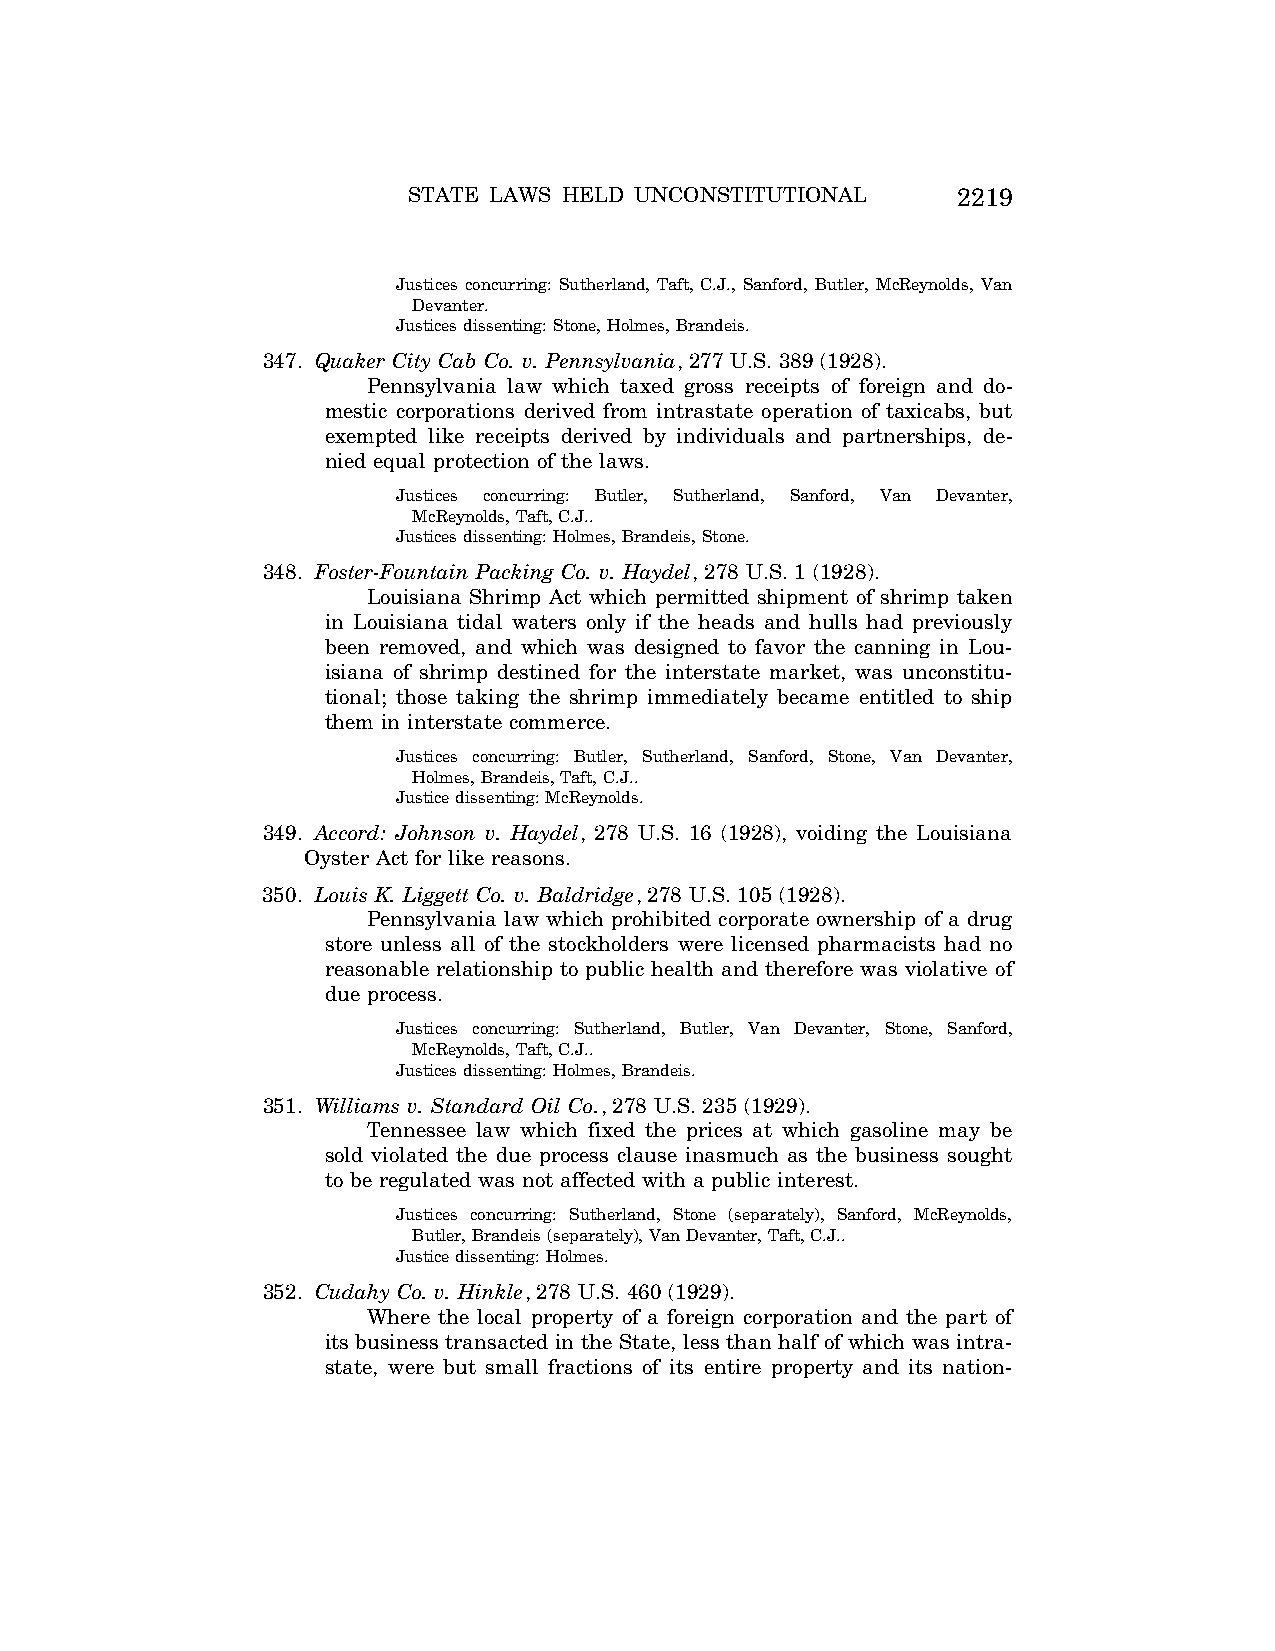
STATE LAWS HELD UNCONSTITUTIONAL    2219
 Justices concurring: Sutherland, Taft, C.J., Sanford, Butler, McReynolds, Van
 Devanter.
 Justices dissenting: Stone, Holmes, Brandeis.
 347. Quaker City Cab Co. v. Pennsylvania, 277 U.S. 389 (1928).
 Pennsylvania law which taxed gross receipts of foreign and do-
 mestic corporations derived from intrastate operation of taxicabs, but
 exempted like receipts derived by individuals and partnerships, de-
 nied equal protection of the laws.
 Justices concurring: Butler, Sutherland, Sanford, Van Devanter,
 McReynolds, Taft, C.J..
 Justices dissenting: Holmes, Brandeis, Stone.
 348. Foster-Fountain Packing Co. v. Haydel, 278 U.S. 1 (1928).
 Louisiana Shrimp Act which permitted shipment of shrimp taken
 in Louisiana tidal waters only if the heads and hulls had previously
 been removed, and which was designed to favor the canning in Lou-
 isiana of shrimp destined for the interstate market, was unconstitu-
 tional; those taking the shrimp immediately became entitled to ship
 them in interstate commerce.
 Justices concurring: Butler, Sutherland, Sanford, Stone, Van Devanter,
 Holmes, Brandeis, Taft, C.J..
 Justice dissenting: McReynolds.
 349. Accord: Johnson v. Haydel, 278 U.S. 16 (1928), voiding the Louisiana
 Oyster Act for like reasons.
 350. Louis K. Liggett Co. v. Baldridge, 278 U.S. 105 (1928).
 Pennsylvania law which prohibited corporate ownership of a drug
 store unless all of the stockholders were licensed pharmacists had no
 reasonable relationship to public health and therefore was violative of
 due process.
 Justices concurring: Sutherland, Butler, Van Devanter, Stone, Sanford,
 McReynolds, Taft, C.J..
 Justices dissenting: Holmes, Brandeis.
 351. Williams v. Standard Oil Co., 278 U.S. 235 (1929).
 Tennessee law which fixed the prices at which gasoline may be
 sold violated the due process clause inasmuch as the business sought
 to be regulated was not affected with a public interest.
 Justices concurring: Sutherland, Stone (separately), Sanford, McReynolds,
 Butler, Brandeis (separately), Van Devanter, Taft, C.J..
 Justice dissenting: Holmes.
 352. Cudahy Co. v. Hinkle, 278 U.S. 460 (1929).
 Where the local property of a foreign corporation and the part of
 its business transacted in the State, less than half of which was intra-
 state, were but small fractions of its entire property and its nation-
 VerDate Aug<04>2004 12:57 Aug 23, 2004 Jkt 077500 PO 00000 Frm 00059 Fmt 8222 Sfmt 8222 C:\CONAN\CON064.SGM PRFM99 PsN: CON064